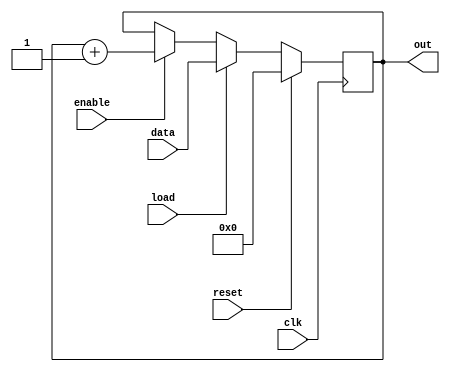
module up_counter_load    (
out      ,  
data     ,  
load     ,  
enable   ,  
clk      ,  
reset       
);

output [7:0] out;
input [7:0] data;
input load, enable, clk, reset;
reg [7:0] out;
always @(posedge clk)
if (reset) begin
  out <= 8'b0 ;
end else if (load) begin
  out <= data;
end else if (enable) begin
  out <= out + 1;
end
    
endmodule